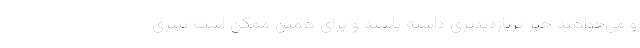
و می‌خواهند خبر پربازدیدتری داشته باشند و برای همین ممکن است تیتری